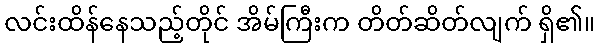
လင်းထိန်နေသည့်တိုင် အိမ်ကြီးက တိတ်ဆိတ်လျက် ရှိ၏။